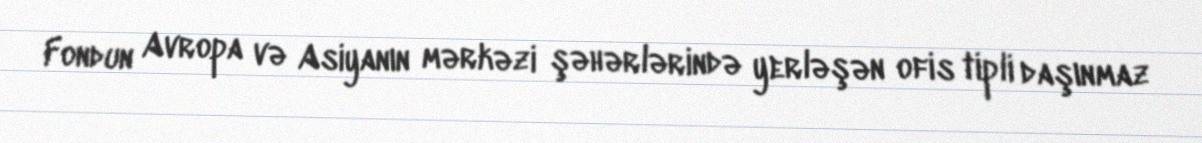
Fondun Avropa və Asiyanın mərkəzi şəhərlərində yerləşən ofis tipli daşınmaz